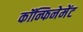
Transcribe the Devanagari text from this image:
कॉन्फिनेमेंट